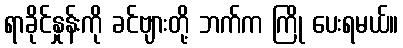
ရာခိုင်နှုန်းကို ခင်ဗျားတို့ ဘက်က ကြို ပေးရမယ်။